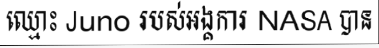
ឈ្មោះ Juno របស់អង្គការ NASA បាន